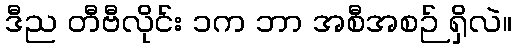
ဒီည တီဗီလိုင်း ၁က ဘာ အစီအစဉ် ရှိလဲ။